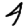
Digit: 4